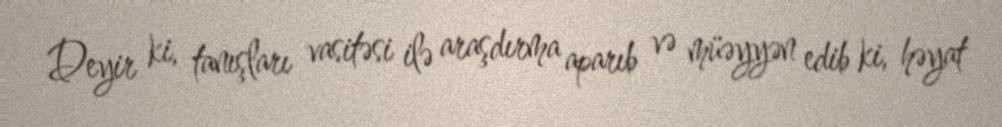
Deyir ki, tanışları vasitəsi ilə araşdırma aparıb və müəyyən edib ki, həyat